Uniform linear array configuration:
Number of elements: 12
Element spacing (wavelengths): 1
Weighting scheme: hamming
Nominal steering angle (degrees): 45
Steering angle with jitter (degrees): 43.954
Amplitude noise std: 0.05
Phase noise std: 0.05

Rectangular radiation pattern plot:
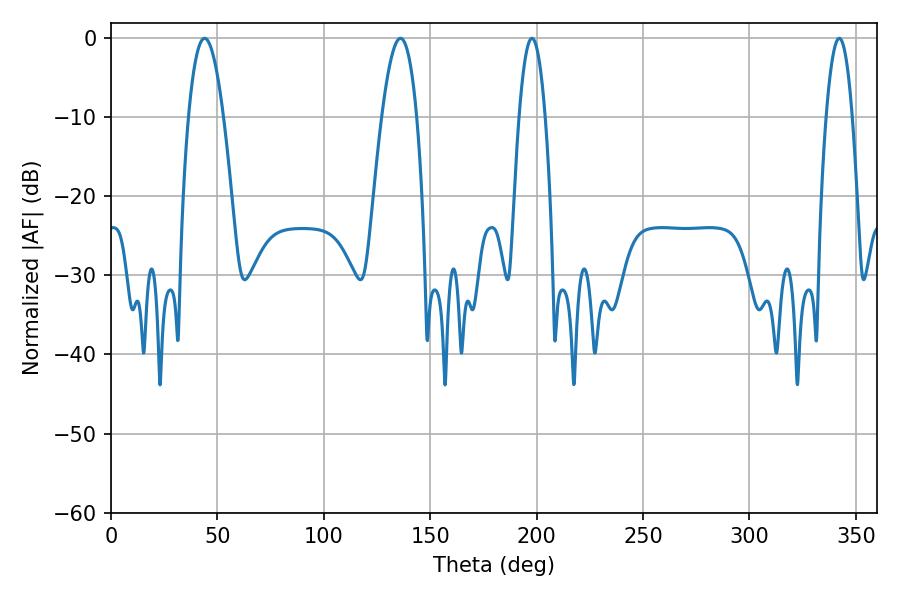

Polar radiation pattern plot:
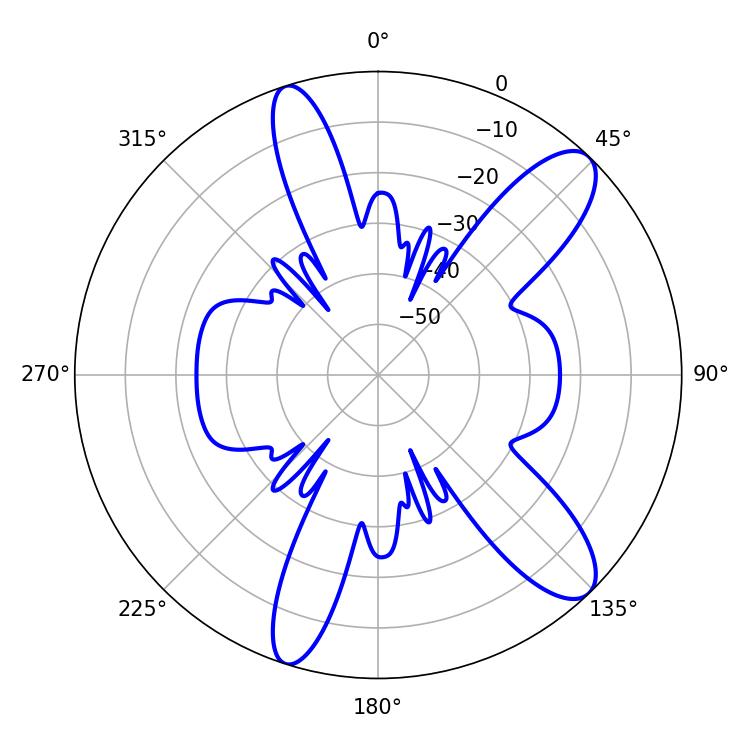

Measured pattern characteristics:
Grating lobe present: TRUE
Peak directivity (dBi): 11.026
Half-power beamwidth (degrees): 6.84
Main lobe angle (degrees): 197.82